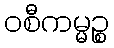
ဝစီကမ္မဉ္စ